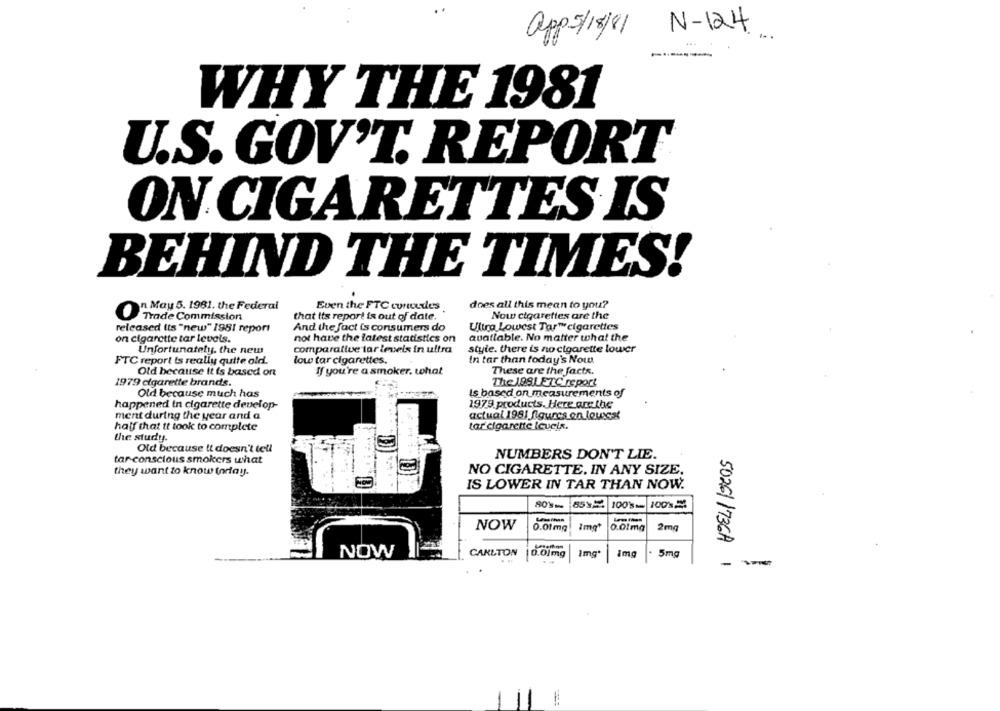
N-124
app-5/18/81
WHY THE 1981
U.S. GOV'T. REPORT
ON CIGARETTES IS
BEHIND THE TIMES!
n May 5. 1981. the Federal
Even the FTC commedes
does all this mean to you?
O
Trade Commission
that its report is out of date.
Now cigarettes are the
Ultra Lowest Tar™cigarettes
released (ts "new" 1981 report
And the fact is consumers do
on cigarette tar levels.
not have the latest statistics on
quatlable. No matter what the
comparative tar levels in ultra
style. there is no cigarette lower
Unfortunately, the new
FTC report is really quite old.
low tar cigarettes.
In tar than today's Now
Old because it is based on
If you're a smoker. what
These are the facts.
1979 cigarette brands.
The 1981 ETC report
Old because much has
Is based on measurements of
happened in cigarette develop-
1979 products. Here are the
ment during the year and a
actual 1981 figures on louxst
half that it took to complete
tar cigarette levels.
the study.
Old because it doesn't tell
tar conscious smokers what
NUMBERS DON'T LIE.
they want to know today.
NO CIGARETTE. IN ANY SIZE.
IS LOWER IN TAR THAN NOW.
100'- 10012
NOW
0.0lmg
0.01mg
2mg
NOW
CARLTON
0.01mg
Img*
img
5mg
- -
5026/ /736A 1